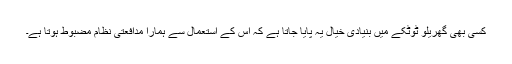
کسی بھی گھریلو ٹوٹکے میں بنیادی خیال یہ پایا جاتا ہے کہ اس کے استعمال سے ہمارا مدافعتی نظام مضبوط ہوتا ہے۔